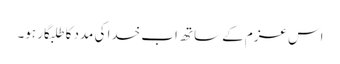
اس عزم کے ساتھ اب خدا کی مدد کا طلبگار ہو۔